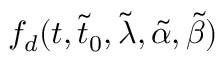
f _ { d } ( t , \tilde { t } _ { 0 } , \tilde { \lambda } , \tilde { \alpha } , \tilde { \beta } )